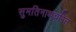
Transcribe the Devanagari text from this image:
सुमतिनाथचरित